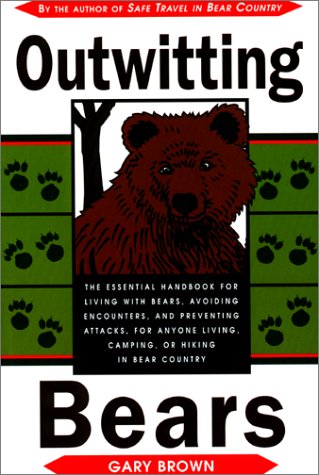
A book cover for Outwitting Bears: The Essential Handbook for Living with Bears, Avoiding Encounters, and Preventing Attacks on Anyone Living in Bear Country; Gary Brown; Sports & Outdoors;